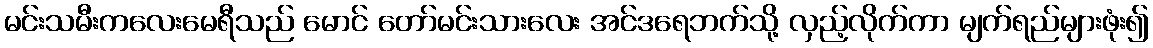
မင်းသမီးကလေးမေရီသည် မောင် တော်မင်းသားလေး အင်ဒရေဘက်သို့ လှည့်လိုက်ကာ မျက်ရည်များဖုံး၍